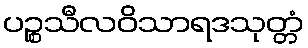
ပဉ္စသီလဝိသာရဒသုတ္တံ